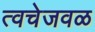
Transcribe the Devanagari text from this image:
त्वचेजवळ